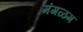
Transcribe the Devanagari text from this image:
मंगळम